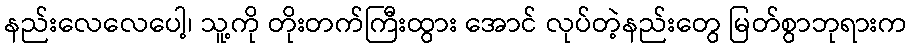
နည်းလေလေပေါ့၊ သူ့ကို တိုးတက်ကြီးထွား အောင် လုပ်တဲ့နည်းတွေ မြတ်စွာဘုရားက